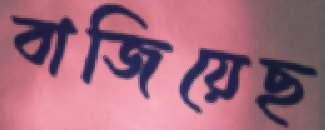
বাজিয়েছ